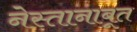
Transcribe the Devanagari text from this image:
नेस्तानाबूत